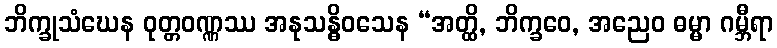
ဘိက္ခုသံဃေန ဝုတ္တဝဏ္ဏဿ အနုသန္ဓိဝသေန “အတ္ထိ, ဘိက္ခဝေ, အညေဝ ဓမ္မာ ဂမ္ဘီရာ